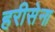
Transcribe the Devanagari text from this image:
हरीसेना